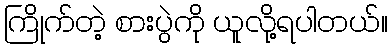
ကြိုက်တဲ့ စားပွဲကို ယူလို့ရပါတယ်။